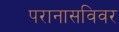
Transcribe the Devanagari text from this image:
परानासविवर